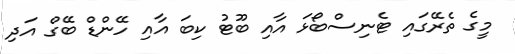
މީގެ ތެރޭގައި ޓެނިސްބޯޅަ އާއި ބޫޓު ކިބަ އާއި ހޭންޑް ބޭގް އަދި